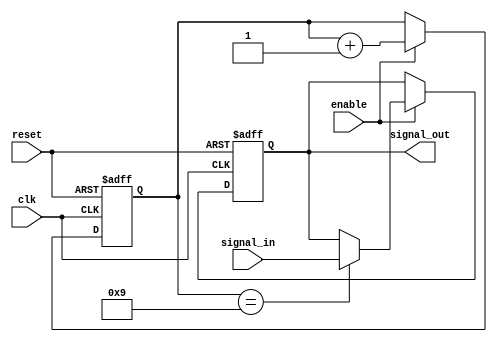
module buffer_delay (
    input wire clk,
    input wire reset,
    input wire enable,
    input wire signal_in,
    output reg signal_out
);

parameter DELAY = 10; //specify delay in clock cycles

reg [DELAY-1:0] delay_counter;

always @ (posedge clk or posedge reset) begin
    if (reset) begin
        delay_counter <= 0;
        signal_out <= 0;
    end else if (enable) begin
        if (delay_counter == DELAY-1) begin
            signal_out <= signal_in;
        end else begin
            signal_out <= signal_out;
        end
        delay_counter <= delay_counter + 1;
    end
end

endmodule